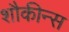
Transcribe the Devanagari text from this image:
शौकीन्स